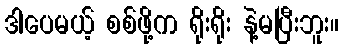
ဒါပေမယ့် စစ်ဖို့က ရိုးရိုး နဲ့မပြီးဘူး။